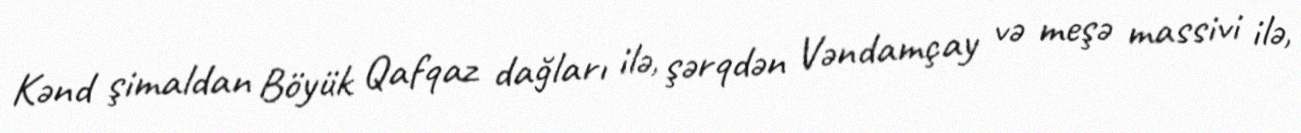
Kənd şimaldan Böyük Qafqaz dağları ilə, şərqdən Vəndamçay və meşə massivi ilə,